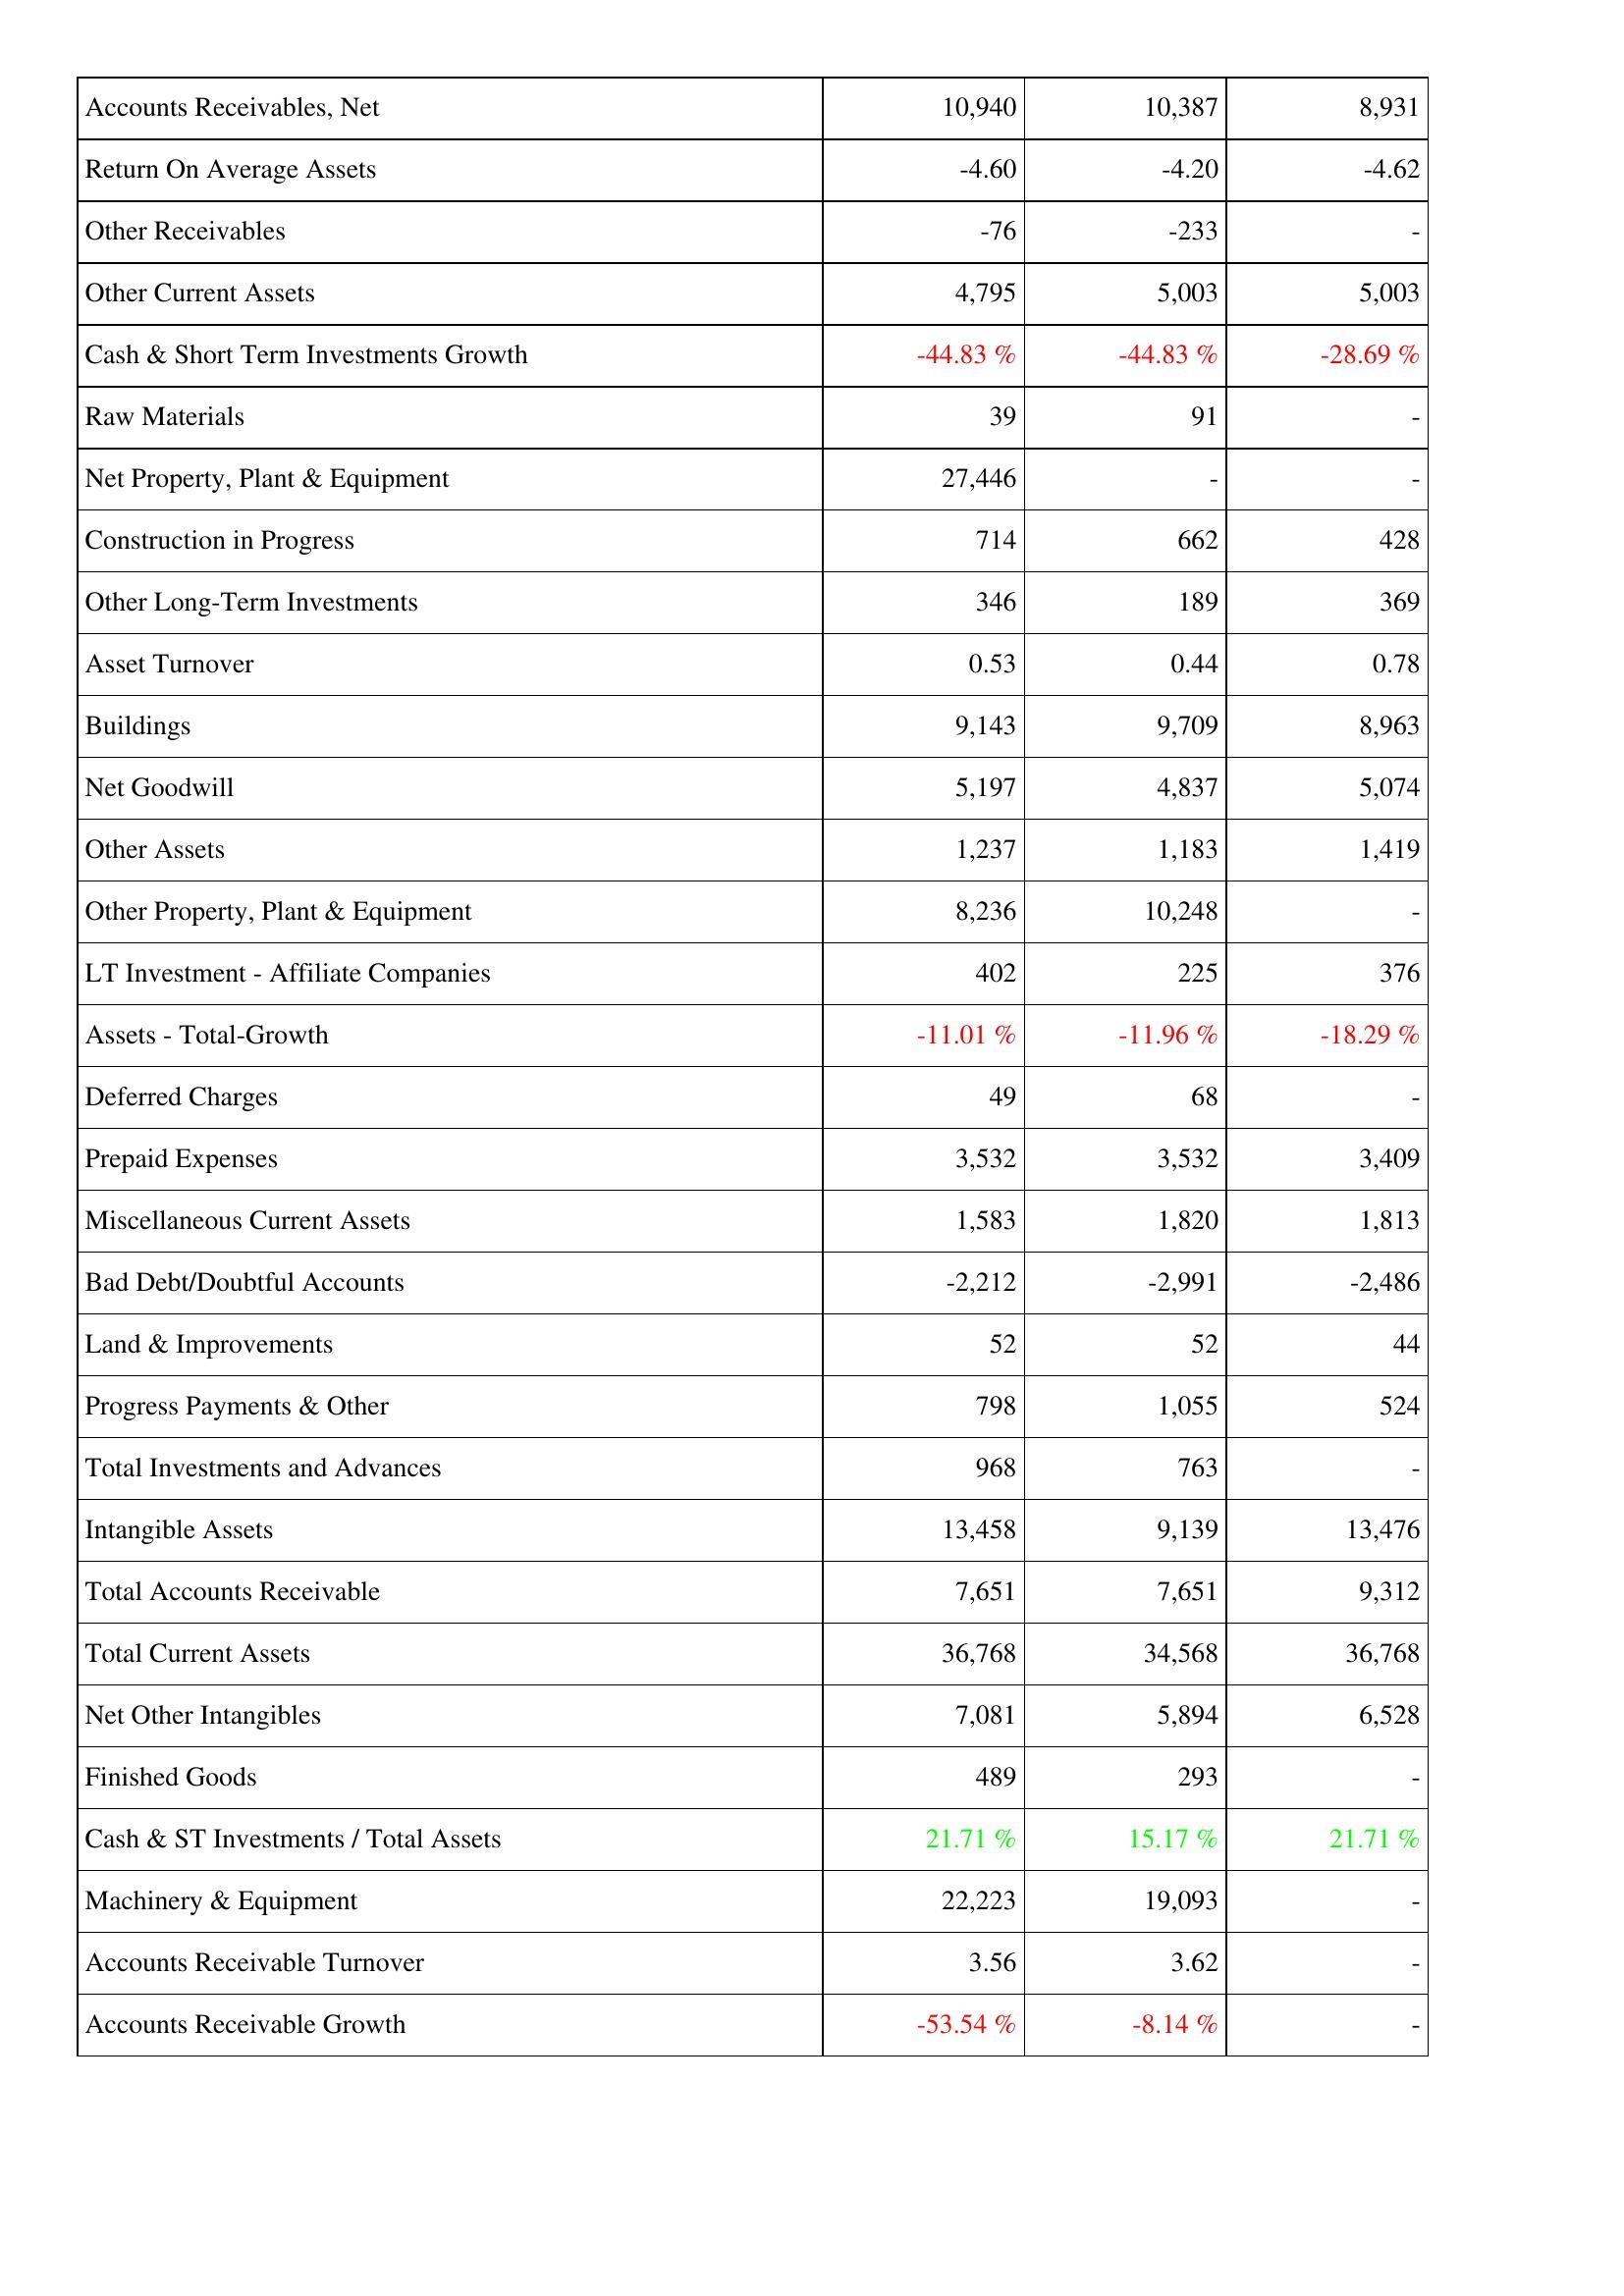
2009: Assets: Accounts Receivables, Net: 10,940
Return On Average Assets: -4.60
Other Receivables: -76
Other Current Assets: 4,795
Cash & Short Term Investments Growth: -44.83 %
Raw Materials: 39
Net Property, Plant & Equipment: 27,446
Construction in Progress: 714
Other Long-Term Investments: 346
Asset Turnover: 0.53
Buildings: 9,143
Net Goodwill: 5,197
Other Assets: 1,237
Other Property, Plant & Equipment: 8,236
LT Investment - Affiliate Companies: 402
Assets - Total-Growth: -11.01 %
Deferred Charges: 49
Prepaid Expenses: 3,532
Miscellaneous Current Assets: 1,583
Bad Debt/Doubtful Accounts: -2,212
Land & Improvements: 52
Progress Payments & Other: 798
Total Investments and Advances: 968
Intangible Assets: 13,458
Total Accounts Receivable: 7,651
Total Current Assets: 36,768
Net Other Intangibles: 7,081
Finished Goods: 489
Cash & ST Investments / Total Assets: 21.71 %
Machinery & Equipment: 22,223
Accounts Receivable Turnover: 3.56
Accounts Receivable Growth: -53.54 %
2010: Assets: Accounts Receivables, Net: 10,387
Return On Average Assets: -4.20
Other Receivables: -233
Other Current Assets: 5,003
Cash & Short Term Investments Growth: -44.83 %
Raw Materials: 91
Net Property, Plant & Equipment: -
Construction in Progress: 662
Other Long-Term Investments: 189
Asset Turnover: 0.44
Buildings: 9,709
Net Goodwill: 4,837
Other Assets: 1,183
Other Property, Plant & Equipment: 10,248
LT Investment - Affiliate Companies: 225
Assets - Total-Growth: -11.96 %
Deferred Charges: 68
Prepaid Expenses: 3,532
Miscellaneous Current Assets: 1,820
Bad Debt/Doubtful Accounts: -2,991
Land & Improvements: 52
Progress Payments & Other: 1,055
Total Investments and Advances: 763
Intangible Assets: 9,139
Total Accounts Receivable: 7,651
Total Current Assets: 34,568
Net Other Intangibles: 5,894
Finished Goods: 293
Cash & ST Investments / Total Assets: 15.17 %
Machinery & Equipment: 19,093
Accounts Receivable Turnover: 3.62
Accounts Receivable Growth: -8.14 %
2011: Assets: Accounts Receivables, Net: 8,931
Return On Average Assets: -4.62
Other Receivables: -
Other Current Assets: 5,003
Cash & Short Term Investments Growth: -28.69 %
Raw Materials: -
Net Property, Plant & Equipment: -
Construction in Progress: 428
Other Long-Term Investments: 369
Asset Turnover: 0.78
Buildings: 8,963
Net Goodwill: 5,074
Other Assets: 1,419
Other Property, Plant & Equipment: -
LT Investment - Affiliate Companies: 376
Assets - Total-Growth: -18.29 %
Deferred Charges: -
Prepaid Expenses: 3,409
Miscellaneous Current Assets: 1,813
Bad Debt/Doubtful Accounts: -2,486
Land & Improvements: 44
Progress Payments & Other: 524
Total Investments and Advances: -
Intangible Assets: 13,476
Total Accounts Receivable: 9,312
Total Current Assets: 36,768
Net Other Intangibles: 6,528
Finished Goods: -
Cash & ST Investments / Total Assets: 21.71 %
Machinery & Equipment: -
Accounts Receivable Turnover: -
Accounts Receivable Growth: -